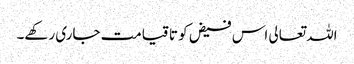
اللہ تعالی اس فیض کو تا قیامت جاری رکھے۔